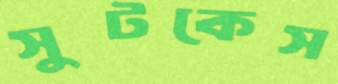
সুটকেস